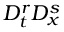
D _ { t } ^ { r } D _ { x } ^ { s }